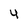
Character: 4